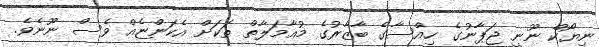
ނިޔޯކް ނޫނީ ޖަޕާނުގެ ހިއްސާގެ ބާޒާރުގެ މުއާމަލާތް ތަކަށް އެކަންޏެއް ވެސް ނޫނެވެ.